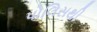
પોલિસથી